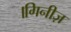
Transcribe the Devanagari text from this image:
।गिनीज़